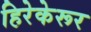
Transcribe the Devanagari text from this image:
हिरेकेरूर